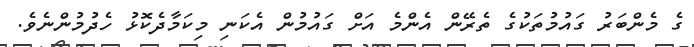
ގެ މެންބަރު ގައުމުތަކުގެ ތެރޭން އެންމެ އަށް ގައުމުން އެކަނި މިކަމާދެކޮޅު ހެދުމުންނެވެ.